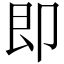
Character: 即